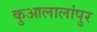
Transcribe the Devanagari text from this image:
कुआलालांपुर